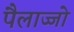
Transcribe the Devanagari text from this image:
पैलाज्जो